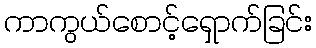
ကာကွယ်စောင့်ရှောက်ခြင်း